Civil Veterinary Department Bengal reports 1933-51 - 1933-1951
Year: 1933
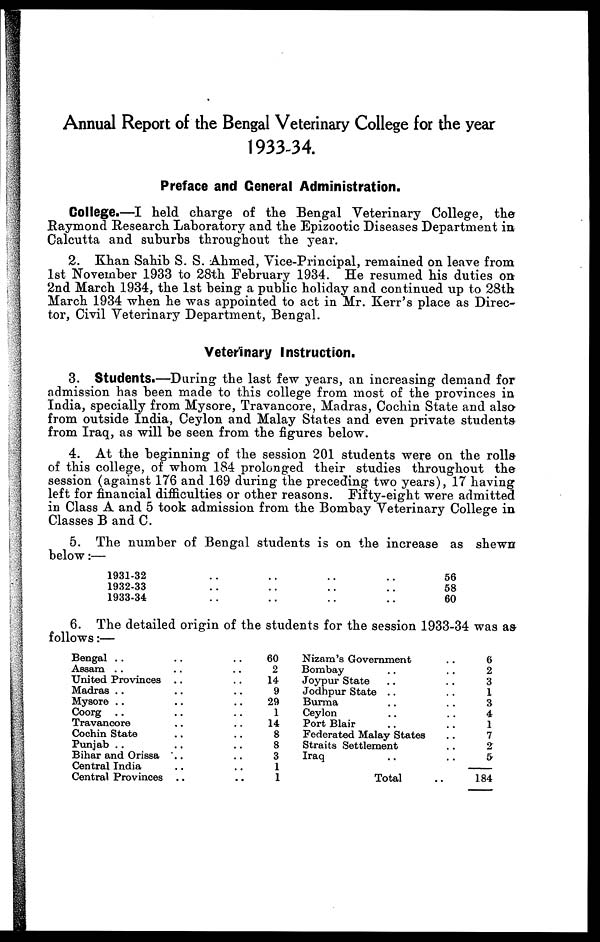
Annual Report of the Bengal Veterinary College for the year
1933-34.
Preface and General Administration.
College.—I held charge of the Bengal Veterinary College, the
Raymond Research Laboratory and the Epizootic Diseases Department in
Calcutta and suburbs throughout the year.
2. Khan Sahib S. S. Ahmed, Vice-Principal, remained on leave from
1st November 1933 to 28th February 1934. He resumed his duties on
2nd March 1934, the 1st being a public holiday and continued up to 28th
March 1934 when he was appointed to act in Mr. Kerr's place as Direc-
tor, Civil Veterinary Department, Bengal.
Veterinary Instruction.
3. Students.—During the last few years, an increasing demand for
admission has been made to this college from most of the provinces in
India, specially from Mysore, Travancore, Madras, Cochin State and also
from outside India, Ceylon and Malay States and even private students
from Iraq, as will be seen from the figures below.
4. At the beginning of the session 201 students were on the rolls
of this college, of whom 184 prolonged their studies throughout the
session (against 176 and 169 during the preceding two years), 17 having
left for financial difficulties or other reasons. Fifty-eight were admitted
in Class A and 5 took admission from the Bombay Veterinary College in
Classes B and C.
5. The number of Bengal students is on the increase as shewn
below :—
1931-32 .. .. .. ..
1932-33 .. .. .. ..
1933-34 .. .. .. ..
56
58
60
6. The detailed origin of the students for the session 1933-34 was as
follows :—
Bengal .. .. ..
Assam .. .. ..
United Provinces .. ..
Madras .. .. ..
Mysore .. .. ..
Coorg .. .. ..
Travancore .. ..
Cochin State .. ..
Punjab .. .. ..
Bihar and Orissa .. ..
Central India .. ..
Central Provinces .. ..
60
2
14
9
29
1
14
8
8
3
1
1
Nizam's Government ..
Bombay .. ..
Joypur State .. ..
Jodhpur State .. ..
Burma .. ..
Ceylon .. ..
Port Blair .. ..
Federated Malay States ..
Straits Settlement ..
Iraq .. ..
Total ..
6
2
3
1
3
4
1
7
2
5
184